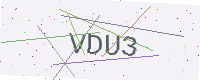
Text: VDU3